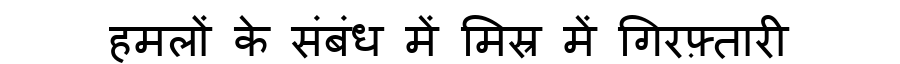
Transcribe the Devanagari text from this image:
हमलों के संबंध में मिस्र में गिरफ़्तारी